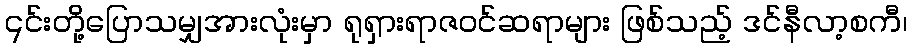
၎င်းတို့ပြောသမျှအားလုံးမှာ ရုရှားရာဇဝင်ဆရာများ ဖြစ်သည့် ဒင်နီလာ့စကီ၊